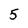
Character: 5